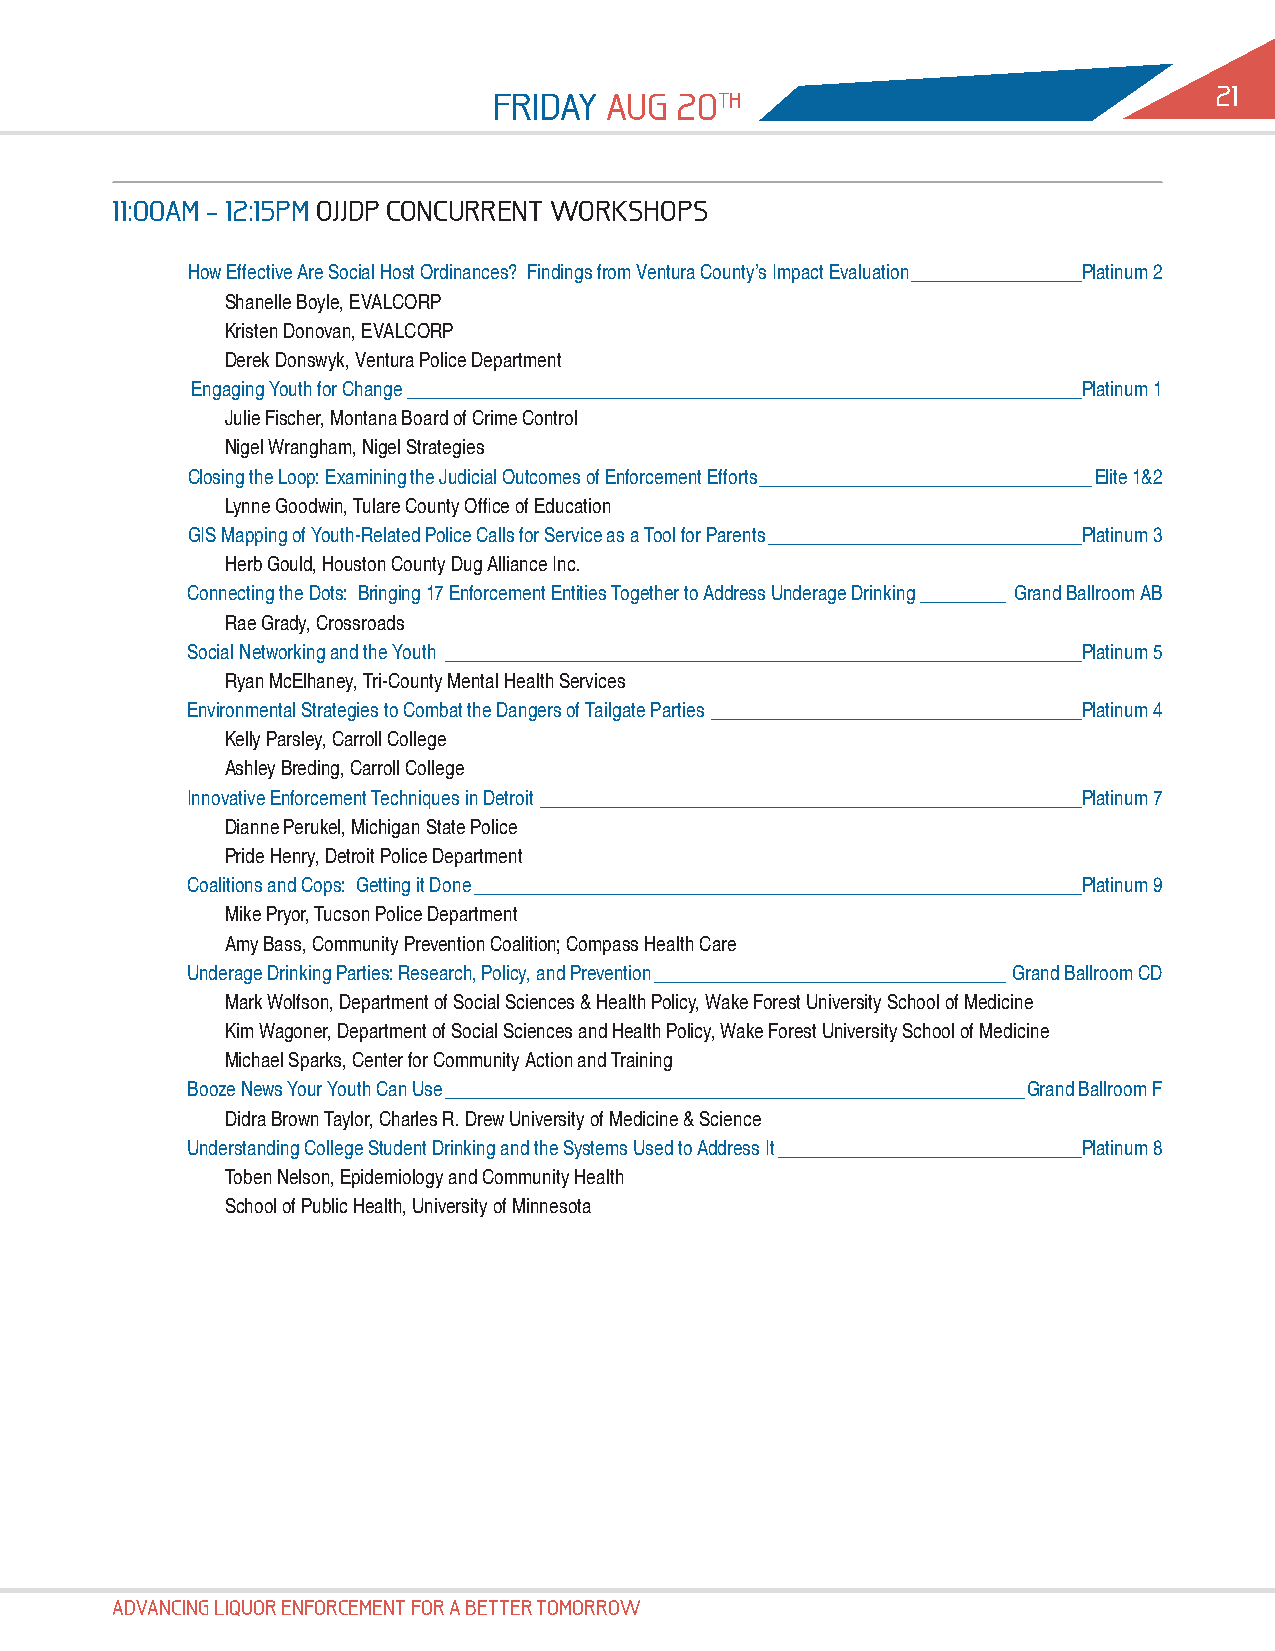
21
 21
 fridAy Aug  20th
 11:00Am – 12:15pm oJJdp CoNCurrENt workshops
 How Effective Are Social Host Ordinances? Findings from Ventura County’s Impact Evaluation __________________Platinum 2
 Shanelle Boyle, EVALCORP
 Kristen Donovan, EVALCORP
 Derek Donswyk, Ventura Police Department
 Engaging Youth for Change _______________________________________________________________________Platinum 1
 Julie Fischer, Montana Board of Crime Control
 Nigel Wrangham, Nigel Strategies
 Closing the Loop: Examining the Judicial Outcomes of Enforcement Efforts ___________________________________Elite 1&2
 Lynne Goodwin, Tulare County Office of Education
 GIS Mapping of Youth-Related Police Calls for Service as a Tool for Parents _________________________________Platinum 3
 Herb Gould, Houston County Dug Alliance Inc.
 Connecting the Dots: Bringing 17 Enforcement Entities Together to Address Underage Drinking _________ Grand Ballroom AB
 Rae Grady, Crossroads
 Social Networking and the Youth ___________________________________________________________________Platinum 5
 Ryan McElhaney, Tri-County Mental Health Services
 Environmental Strategies to Combat the Dangers of Tailgate Parties _______________________________________Platinum 4
 Kelly Parsley, Carroll College
 Ashley Breding, Carroll College
 Innovative Enforcement Techniques in Detroit _________________________________________________________Platinum 7
 Dianne Perukel, Michigan State Police
 Pride Henry, Detroit Police Department
 Coalitions and Cops: Getting it Done ________________________________________________________________Platinum 9
 Mike Pryor, Tucson Police Department
 Amy Bass, Community Prevention Coalition; Compass Health Care
 Underage Drinking Parties: Research, Policy, and Prevention _____________________________________ Grand Ballroom CD
 Mark Wolfson, Department of Social Sciences & Health Policy, Wake Forest University School of Medicine
 Kim Wagoner, Department of Social Sciences and Health Policy, Wake Forest University School of Medicine
 Michael Sparks, Center for Community Action and Training
 Booze News Your Youth Can Use _____________________________________________________________Grand Ballroom F
 Didra Brown Taylor, Charles R. Drew University of Medicine & Science
 Understanding College Student Drinking and the Systems Used to Address It ________________________________Platinum 8
 Toben Nelson, Epidemiology and Community Health
 School of Public Health, University of Minnesota
 AdvANCiNg Liquor ENforCEmENt for A bEttEr tomorrow